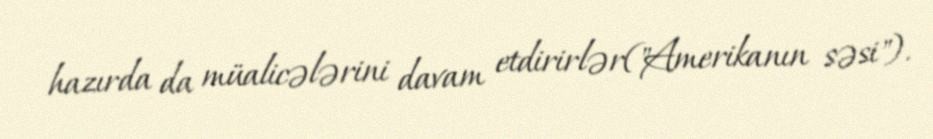
hazırda da müalicələrini davam etdirirlər("Amerikanın səsi").